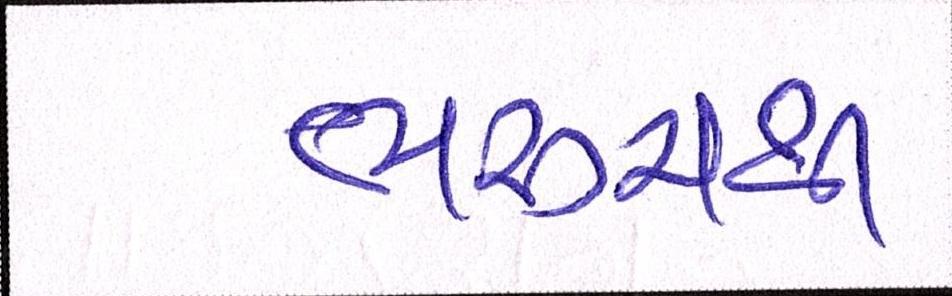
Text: ભરૂચથી